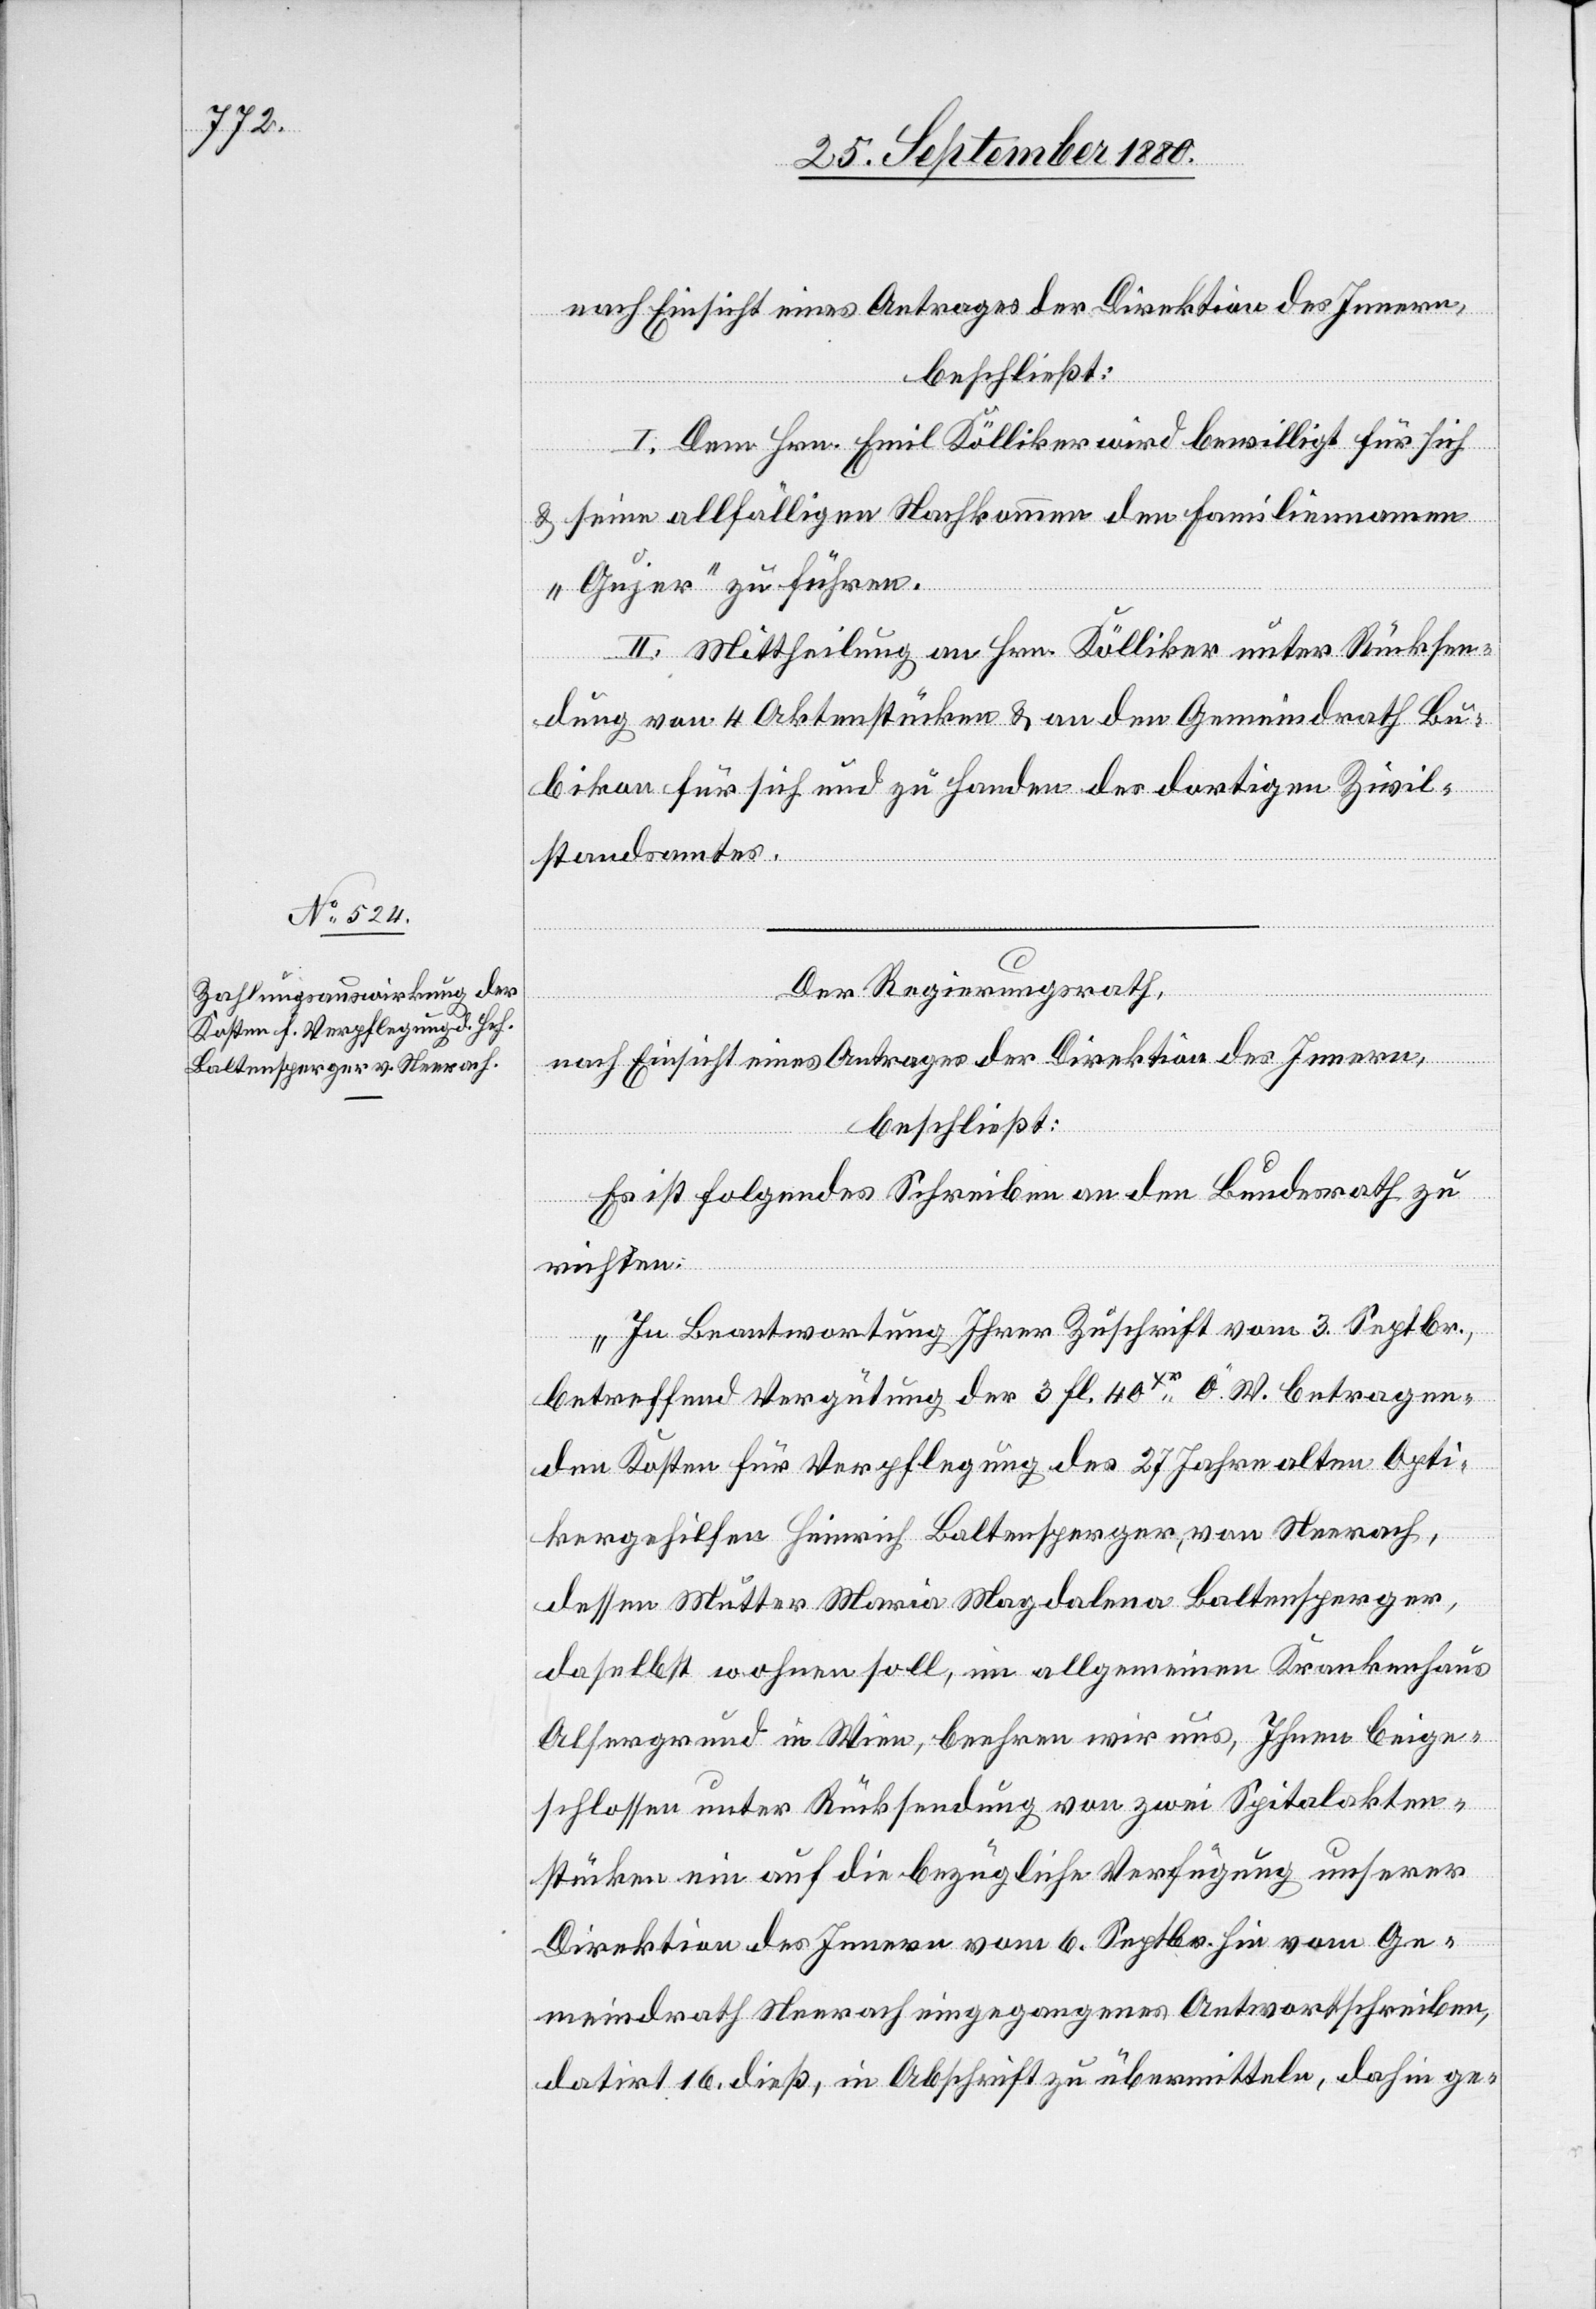
I. Dem Hrn. Emil Kölliker wird bewilligt für sich
& seine allfälligen Nachkommen den Familiennamen
„Gujer“ zu führen.
II. Mittheilung an Hrn. Kölliker unter Rücksen¬
dung von 4 Aktenstücken & an den Gemeindrath Bu¬
bikon für sich und zu Handen des dortigen Zivil¬
standsamtes.
Der Regierungsrath,
nach Einsicht eines Antrages der Direktion des Innern,
beschließt:
Es ist folgendes Schreiben an den Bundesrath zu
richten:
„In Beantwortung Ihrer Zuschrift vom 3. Septbr.,
betreffend Vergütung der 3 fl. 40xr Ö. W. betragen¬
den Kosten für Verpflegung des 27 Jahre alten Opti¬
kergehilfen Heinrich Baltensperger, von Neerach,
dessen Mutter Maria Magdalena Baltensperger,
daselbst wohnen soll, im allgemeinen Krankenhaus
Alsergrund in Wien, beehren wir uns, Ihnen beige¬
schlossen unter Rücksendung von zwei Spitalakten¬
stücken ein auf die bezügliche Verfügung unserer
Direktion des Innern vom 6. Septbr. hin vom Ge¬
meindrath Neerach eingegangenes Antwortschreiben,
datirt 16. dieß, in Abschrift zu übermitteln, dahin ge-